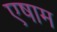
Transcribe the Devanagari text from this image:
एषाम